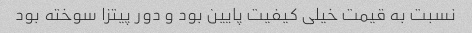
نسبت به قیمت خیلی کیفیت پایین بود و دور پیتزا سوخته بود